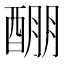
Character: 𲆱